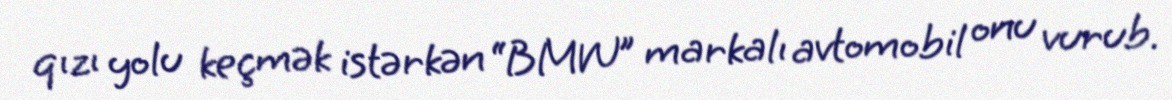
qızı yolu keçmək istərkən “BMW” markalı avtomobil onu vurub.